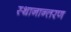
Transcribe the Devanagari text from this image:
स्‍थानान्‍तरण